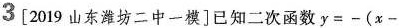
3 [2019山东潍坊二中一模]已知二次函数$$y = - ( x -